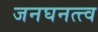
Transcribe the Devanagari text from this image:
जनघनत्त्व